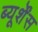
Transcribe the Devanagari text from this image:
ब्यूर्शेंस